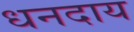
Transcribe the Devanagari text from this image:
धनदाय